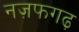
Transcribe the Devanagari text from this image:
नज़फगढ़